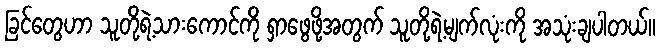
ခြင်တွေဟာ သူတို့ရဲ့သားကောင်ကို ရှာဖွေဖို့အတွက် သူတို့ရဲ့မျက်လုံးကို အသုံးချပါတယ်။